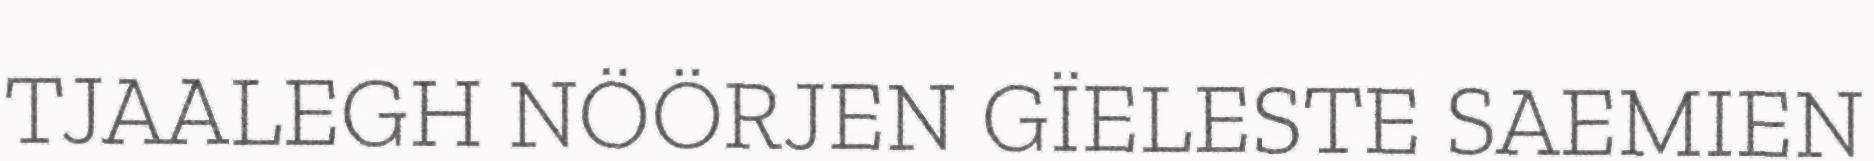
TJAALEGH NÖÖRJEN GÏELESTE SAEMIEN